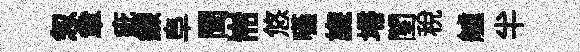
怱章疵鍊阜閏耑悠嚥旒埽閨税艫半